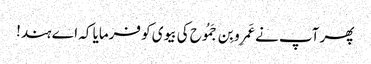
پھر آپ نے عَمرِو بِن جَمُوح کی بیوی کو فرمایا کہ اے ہند!